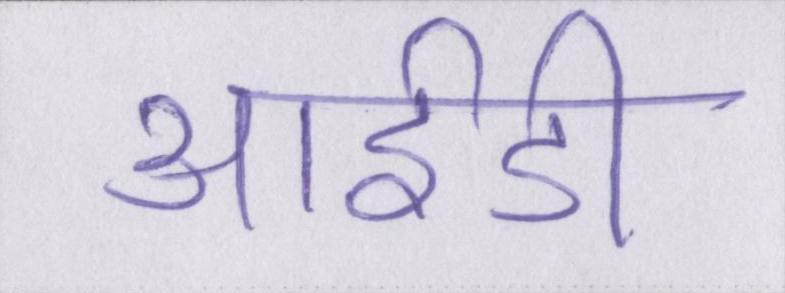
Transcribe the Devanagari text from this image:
आईडी